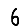
Digit: 6